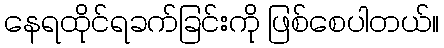
နေရထိုင်ရခက်ခြင်းကို ဖြစ်စေပါတယ်။